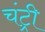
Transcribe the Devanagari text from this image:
चंट्री